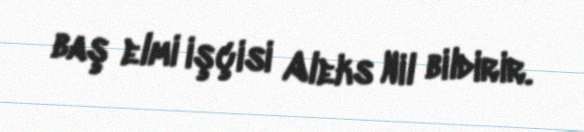
baş elmi işçisi Aleks Nil bildirir.